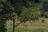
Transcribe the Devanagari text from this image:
मालदे